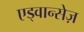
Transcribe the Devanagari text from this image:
एड्वान्सेज़